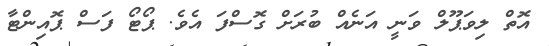
އޮތް ލިވަޕޫލް ވަނީ އަނެއް ބުރަށް ގޮސްފަ އެވެ. ޕޯޓޯ ފަސް ޕޮއިންޓާ